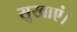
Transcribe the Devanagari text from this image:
सुखाएं।